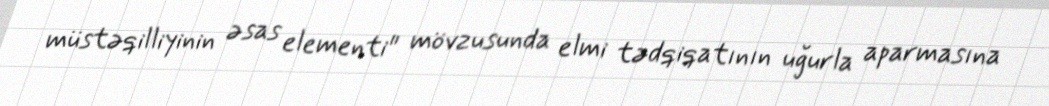
müstəqilliyinin əsas elementi" mövzusunda elmi tədqiqatının uğurla aparmasına